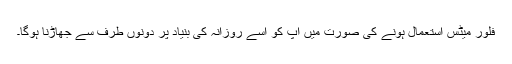
فلور میٹس استعمال ہونے کی صورت میں آپ کو اسے روزانہ کی بنیاد پر دونوں طرف سے جھاڑنا ہوگا۔